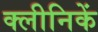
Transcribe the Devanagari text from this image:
क्लीनिकें